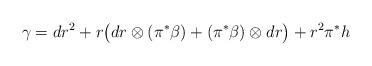
LaTeX: \begin{align*} \gamma = dr^2 + r \big( dr \otimes (\pi^*\beta) + (\pi^*\beta) \otimes dr \big) + r^2 \pi^* h \end{align*}